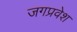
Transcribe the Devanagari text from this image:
जगप्रवेश